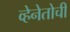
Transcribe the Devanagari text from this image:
व्हेनेतोची